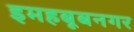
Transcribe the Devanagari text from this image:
इमहबूबनगर